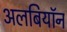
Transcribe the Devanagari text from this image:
अलबियॉन